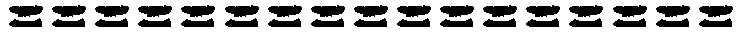
=================